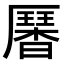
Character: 𠫁